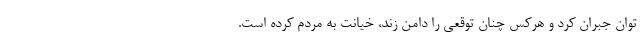
توان جبران کرد و هرکس چنان توقعی را دامن زند، خیانت به مردم کرده است.